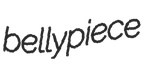
bellypiece